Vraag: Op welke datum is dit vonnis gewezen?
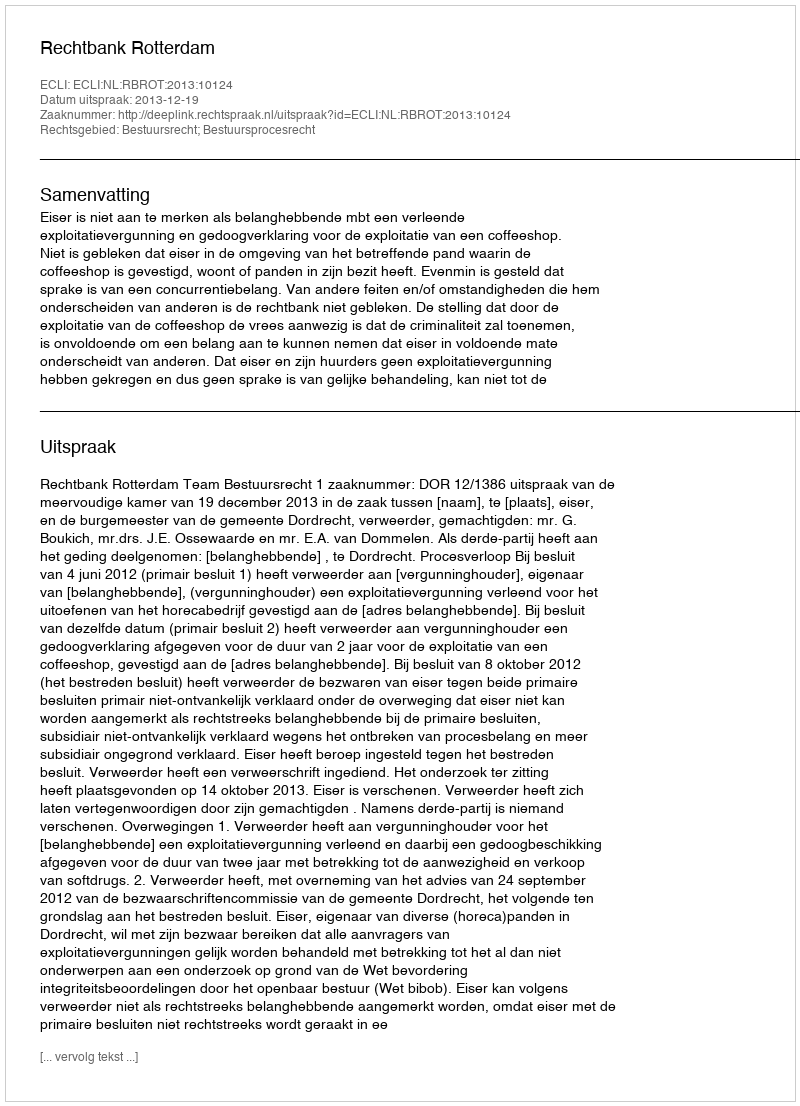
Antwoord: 2013-12-19